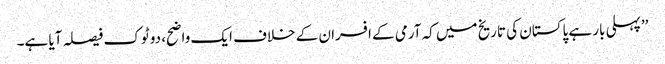
’’پہلی بار ہے پاکستان کی تاریخ میں کہ آرمی کے افسران کے خلاف ایک واضح، دو ٹوک فیصلہ آیا ہے۔